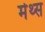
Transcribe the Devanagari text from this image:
मेथ्स